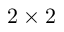
2 \times 2